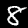
Digit: 8